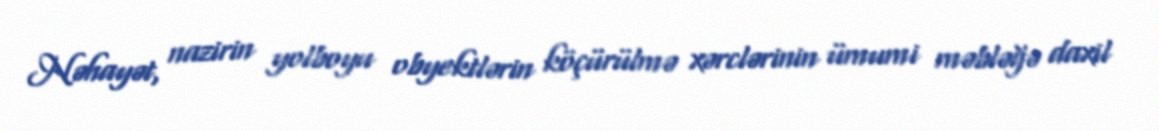
Nəhayət, nazirin yolboyu obyektlərin köçürülmə xərclərinin ümumi məbləğə daxil